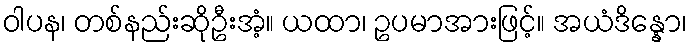
ဝါပန၊ တစ်နည်းဆိုဦးအံ့။ ယထာ၊ ဥပမာအားဖြင့်။ အယံဒိန္နော၊